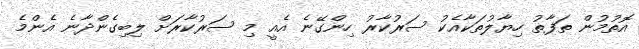
އޮތުމުން ތަފާތު ހިޔާލުތަކާއެކު ސަރުކާރު ހިންގޭނެ އެއީ މި ސަރުކާރަށް ލިބިގެންދާނެ އެންމެ